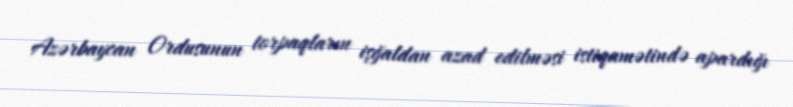
Azərbaycan Ordusunun torpaqların işğaldan azad edilməsi istiqamətində apardığı